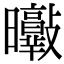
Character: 𣌘